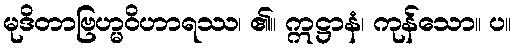
မုဒိတာဗြဟ္မဝိဟာရဿ၊ ၏။ ဣဋ္ဌာနံ၊ ကုန်သော။ ပ။